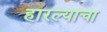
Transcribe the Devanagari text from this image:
हारल्याचा